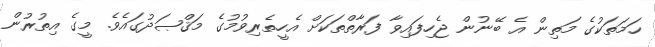
ހަމަތަކުގެ މަތިން އެ ބޭނުން ޖެހިފައިވާ ފަރާތްތަކަށް އެހީތެރިވުމުގެ މަޤްޞަދުގައެވެ. މީގެ އިތުރުން